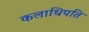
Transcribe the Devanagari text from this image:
कलाधिपति